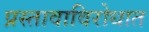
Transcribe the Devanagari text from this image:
प्रस्तावाविरोधात